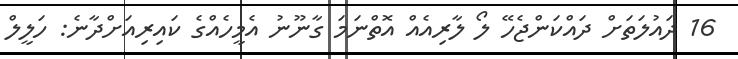
16 ދައުލަތަށް ދައްކަންޖެހޭ ލޯ ލާރިއެއް އޮތްނަމަ ގާނޫނު އެމީހެއްގެ ކައިރިއަށްދާނެ: ހަލީލް